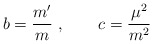
\begin{align*}b=\frac{m'}{m} \ ,\quad\quad c=\frac{\mu^2}{m^2}\end{align*}